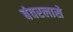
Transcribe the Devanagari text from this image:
बंवरलासे